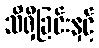
သိရှိခြင်းနှင့်